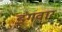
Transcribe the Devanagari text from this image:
इंगवार